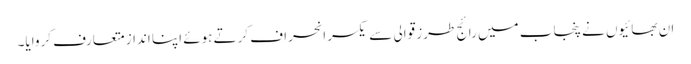
ان بھائیوں نے پنجاب میں رائج طرز قوالی سے یکسر انحراف کرتے ہوئے اپنا انداز متعارف کروایا۔